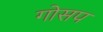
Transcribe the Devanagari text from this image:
गोसप